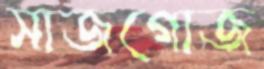
সাজগোজ